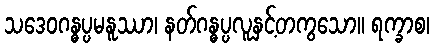
သဒေဝဂန္ဓပ္ပမနူဿာ၊ နတ်ဂန္ဓပ္ပလူနှင့်တကွသော။ ရက္ခာစ၊